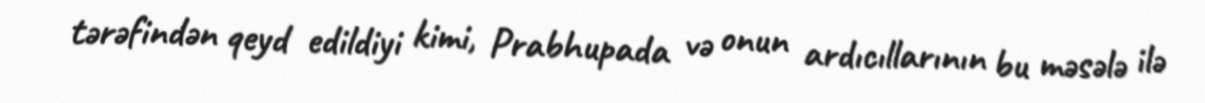
tərəfindən qeyd edildiyi kimi, Prabhupada və onun ardıcıllarının bu məsələ ilə